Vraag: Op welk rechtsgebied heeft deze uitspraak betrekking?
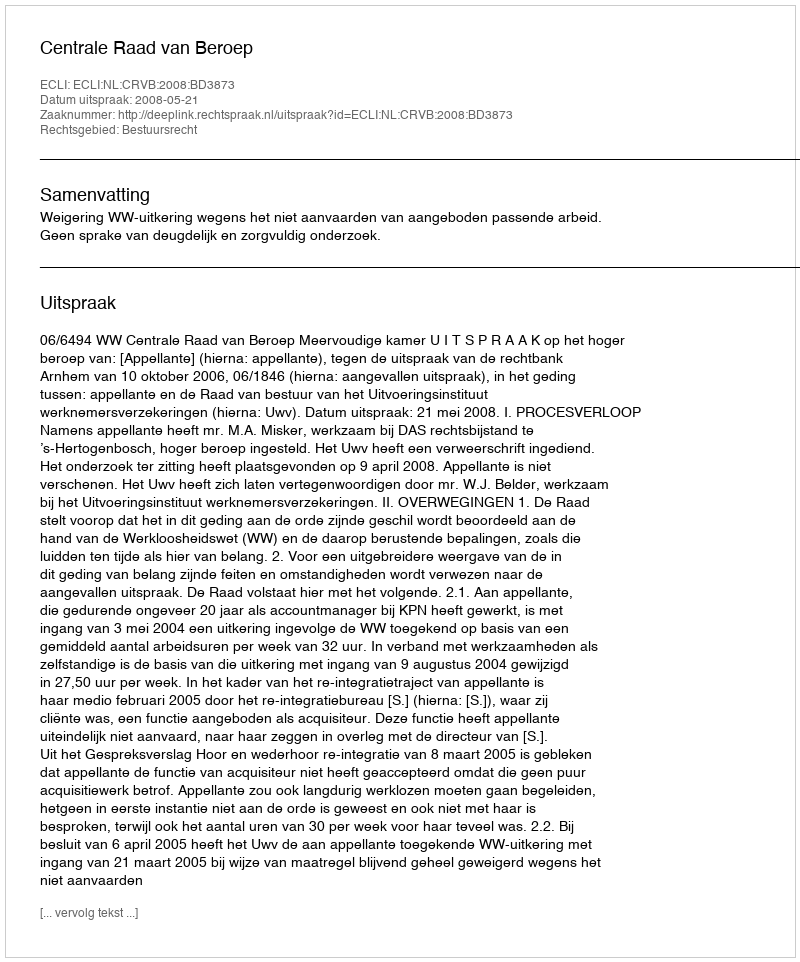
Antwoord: Bestuursrecht